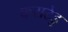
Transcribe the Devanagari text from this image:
कराटेडु